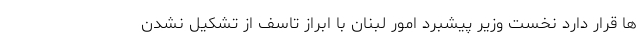
ها قرار دارد نخست وزیر پیشبرد امور لبنان با ابراز تاسف از تشکیل نشدن